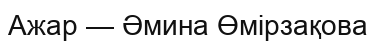
Ажар — Әмина Өмірзақова